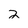
Character: 2